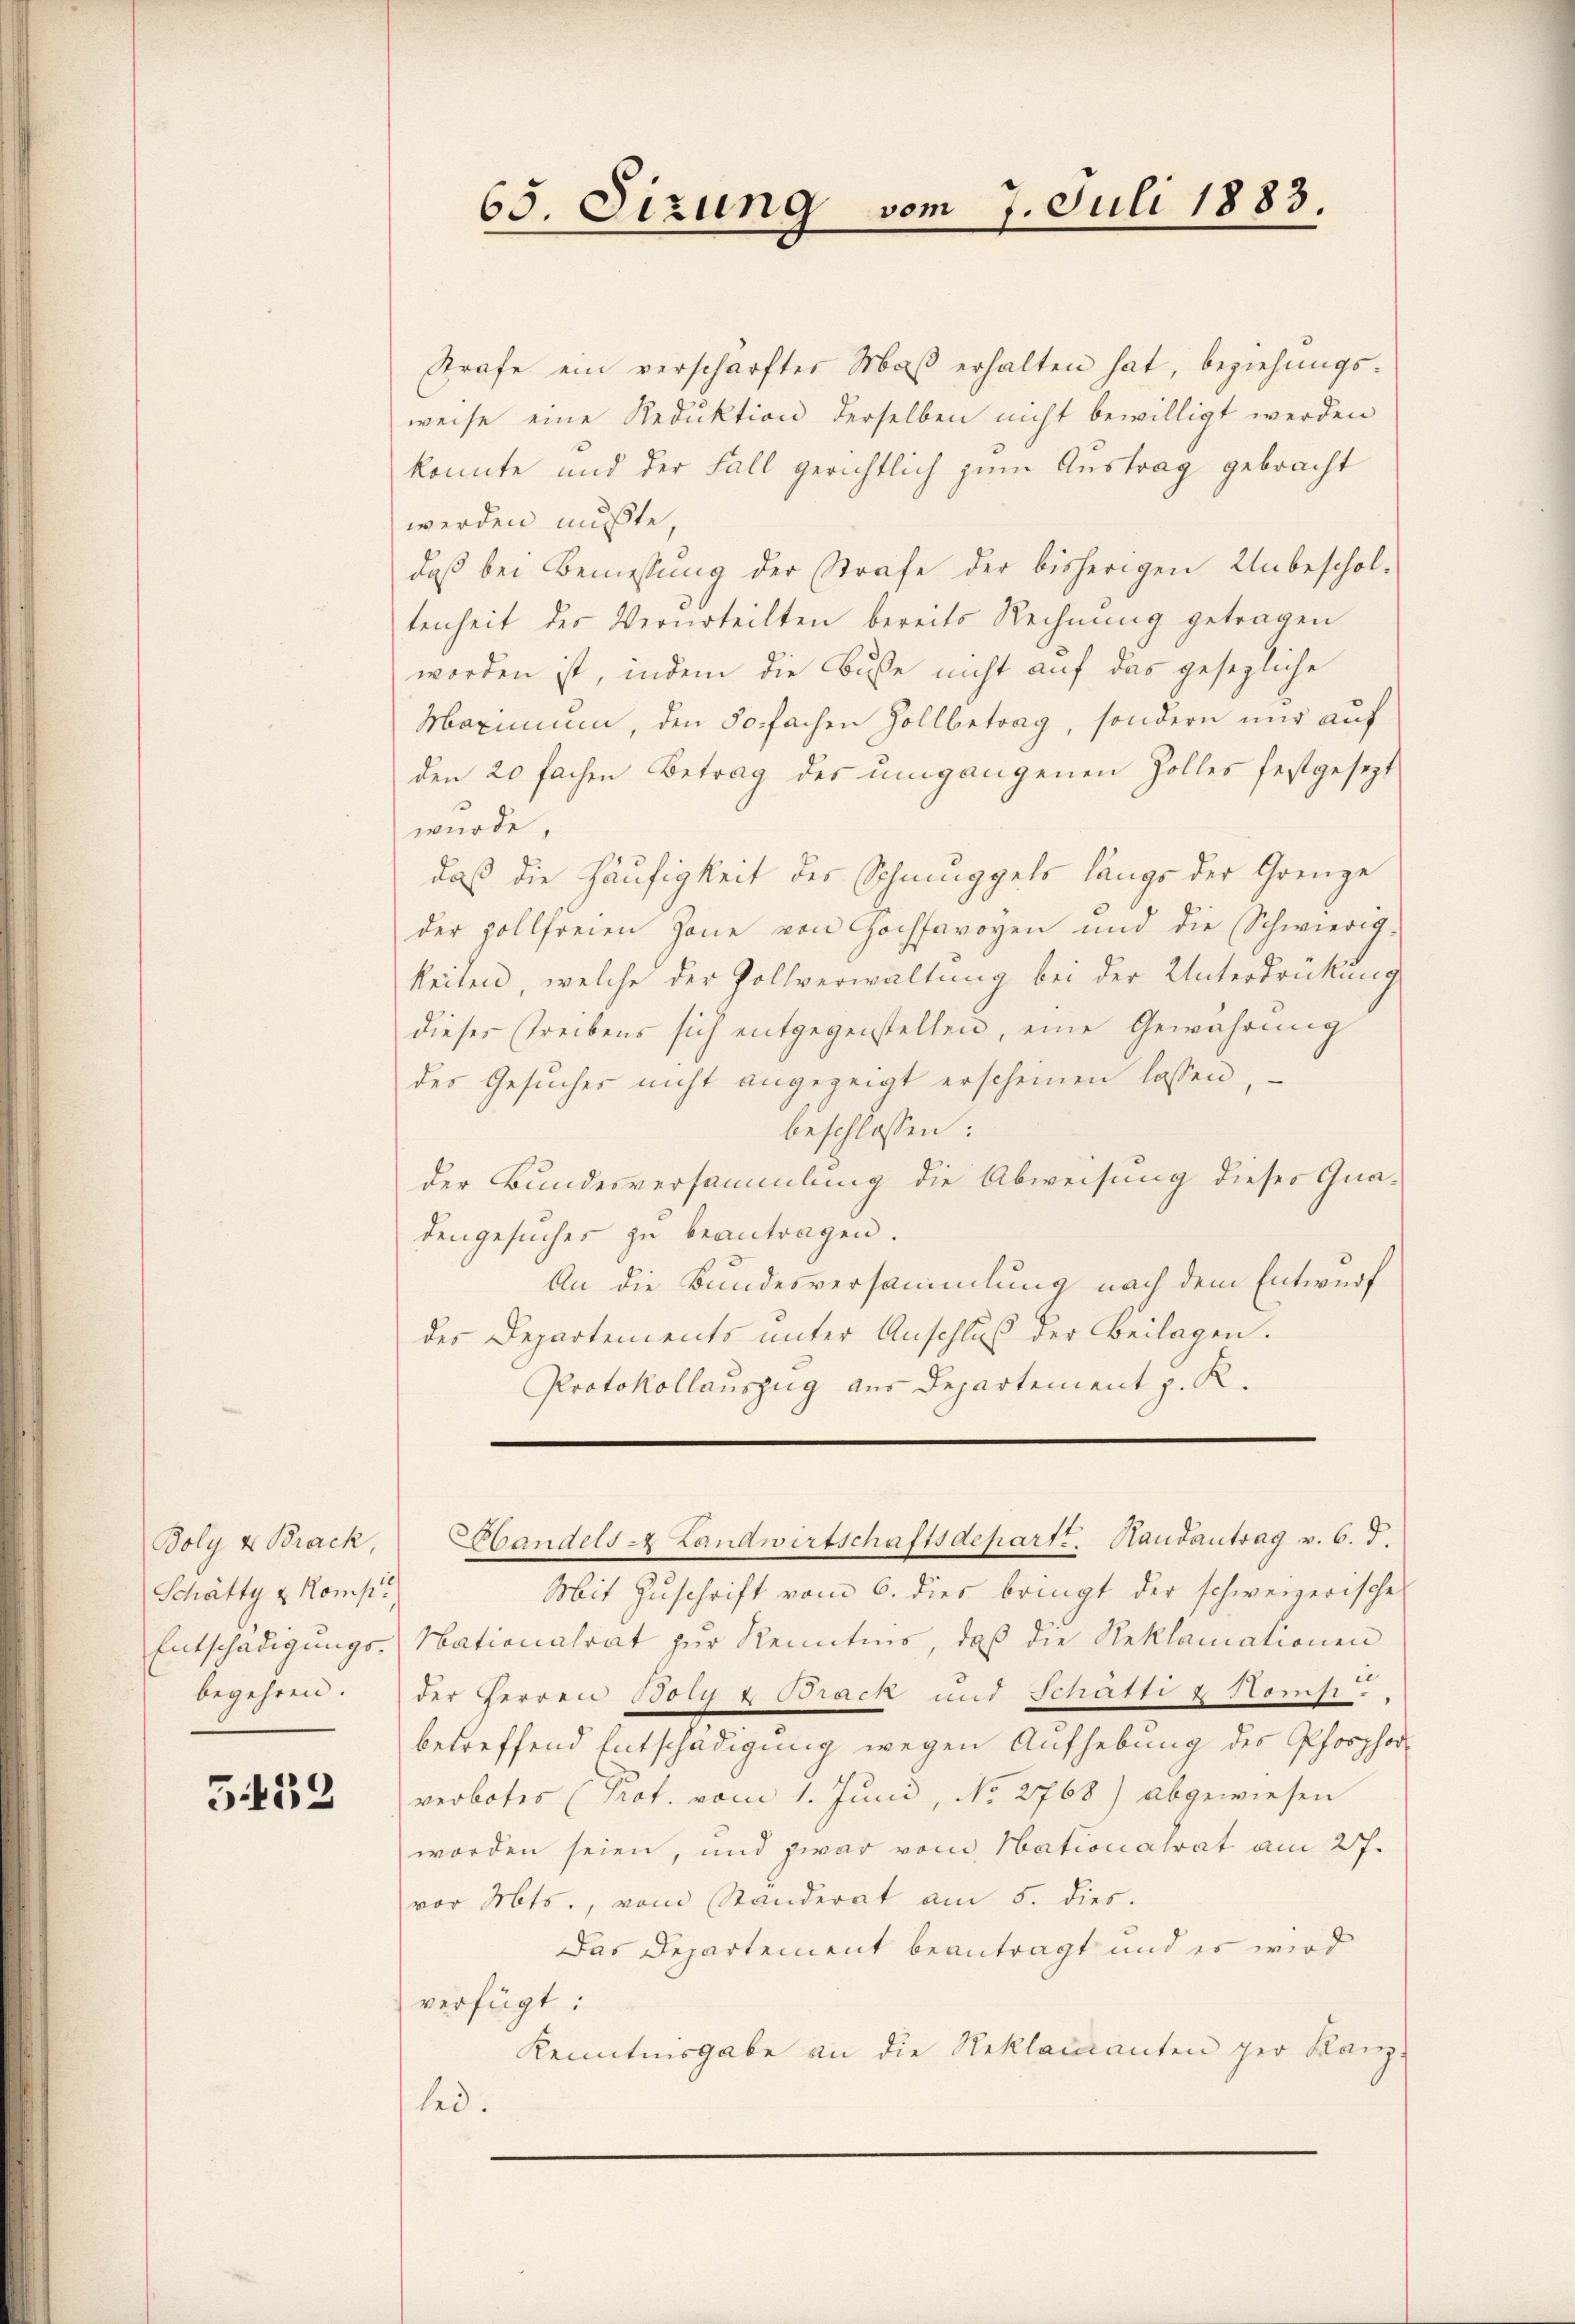
Boly & Brack,
Schätty u. Komp.,
Entschädigungs-
begehren.

539

Strafe ein verschärfter Maß erhalten hat, beziehungs-
weise eine Reduktion derselben nicht bewilligt werden
konnte und der Fall gerichtlich zum Austrag gebracht
werden mußte,
daß bei Bemessung der Strafe der bisherigen Unbescholtenheit des Verurteilten bereits Rechnung getragen
worden ist, indem die Buße nicht auf das gesezliche
Maximum, den 50 fachen Zollbetrag, sondern nur auf
den 20 fachen Betrag des umgangenen Zolles festgesezt
wurde,
daß die Häufigkeit des Schmuggels längs der Grenze
der Zollfreien Zone von Hochsavoyen und die Schwierig-
keiten, welche der Zollverwaltung bei der Unterdrückung
dieses Treibens sich entgegenstellen, eine Gewährung
des Gesucher nicht angezeigt erscheinen lassen,
beschlossen:
der Bundesversammlung die Abweisung dieses Qua-
dengesuches zu beantragen.
An die Bundesversammlung nach dem Entwurf
des Departements unter Anschluß der Beilagen.
Protokollauszug aus Departement z. K.

65. Sizung

bandels- Landwirtschaftsdepartt. Randantrag v. 6. d.
Mit Zuschrift vom 6. dies bringt der schweizerische
Nationalrat zur Kenntnis, daß die Reklamationen
der Herren Boty & Brack und Schatti & Komfr.,
betreffend Entschädigung wegen Aufhebung des Pforzhor-
verbotes (Prot. vom 1. Juni, No 2768) abgewiesen
worden seien, und zwar vom Nationalrat am 27.
vor Mts., vom Standerat am 5. dies.
Das Departement beantragt und es wird
verfügt:
Kenntnisgabe an die Reklamanten per Kanz-
led.

vom 7. Juli 1883.